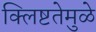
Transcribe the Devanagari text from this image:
क्लिष्टतेमुळे